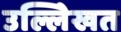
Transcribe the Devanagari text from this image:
उल्लेिखत